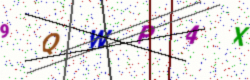
Text: 9QWP4X